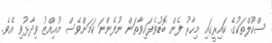
ސްކޫލްތަކުގެ ކައިރީގައި މިހާރު ފެން ބޮޑުވެފައިވާތަން ނުފެންނަ ކަމަށްވެސް މުއިއްޒު ވިދާޅުވި އެވެ.